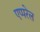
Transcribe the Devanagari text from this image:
एप्परेल